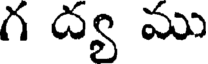
గ ద్య ము